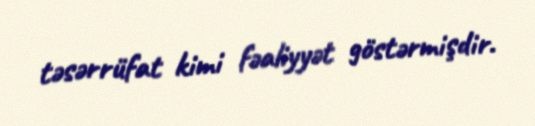
təsərrüfat kimi fəaliyyət göstərmişdir.